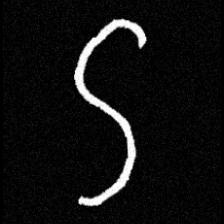
Pyu character \u2014 Myanmar letter: ဌ (romanized: ttha)